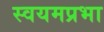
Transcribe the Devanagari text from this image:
स्वयमप्रभा